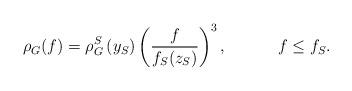
LaTeX: \begin{align*}\rho_{G}(f)=\rho_{G}^{S}\left(y_S\right)\left(\frac{f}{f_S(z_S)}\right)^3, \hspace{0.5in} f\le f_S.\end{align*}